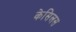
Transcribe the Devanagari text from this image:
केसिलस